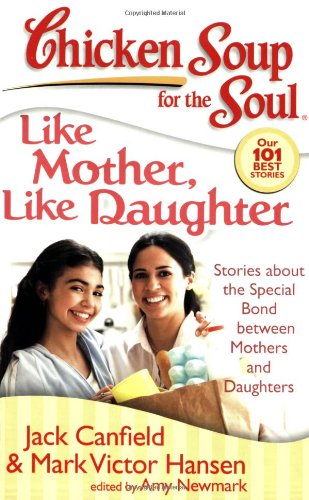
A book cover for Chicken Soup for the Soul: Like Mother, Like Daughter: Stories about the Special Bond between Mothers and Daughters; Jack Canfield; Parenting & Relationships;